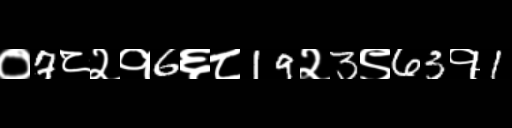
Text: ०7८२१6६८19२3९63१1